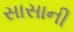
સાસાની